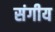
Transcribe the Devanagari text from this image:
संगीय